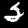
Digit: 2